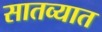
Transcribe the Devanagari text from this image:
सातव्यात